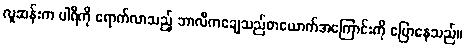
လူဆန်းက ပါရီကို ရောက်လာသည့် ဘာလီကချေသည်တယောက်အကြောင်းကို ပြောနေသည်။